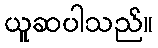
ယူဆပါသည်။